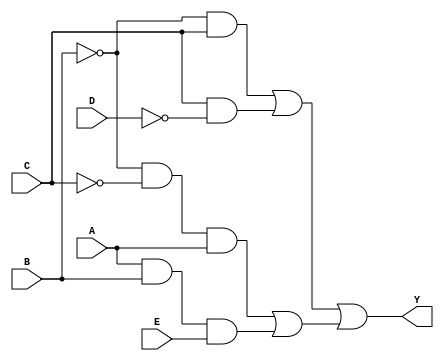
module delay (A,B,C,D,E,Y);
  input A,B,C,D,E;
  output Y;
  wire [10:0]temp;
  
  not u0(temp[0],B);
  not u1(temp[1],C);
  not u2(temp[2],D);
  
  and u3(temp[3],temp[0],temp[1]);
  and u4(temp[4],temp[3],A);
  
  and u5(temp[5],A,B);
  and u6(temp[6],temp[5],E);
  or u7(temp[7],temp[4],temp[6]);
  
  and u8(temp[8],temp[0],C);
  and u9(temp[9],C,temp[2]);
  or u10(temp[10],temp[8],temp[9]);
  
  or u11(Y,temp[10],temp[7]);

endmodule